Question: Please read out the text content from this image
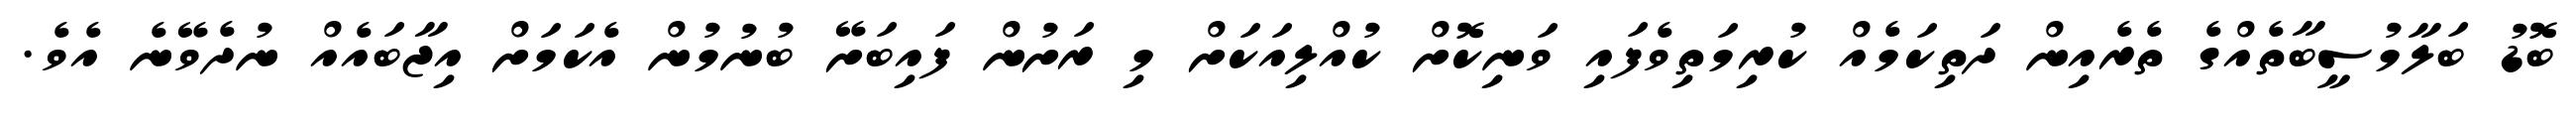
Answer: ބޮޑު ބަލާމުސީބާތެއްގެ ތެރެއިން ދަތިކަމެއް ކުރިމަތިވެފައި ވަނިކޮށް ކުއްލިއަކަށް މި ރަށުން ފައިބަށޭ ބުނުމުން އެކަމަށް އިޖާބައެއް ނުދެވޭނެ އެވެ.